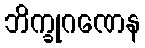
ဘိက္ခုဂဏေန